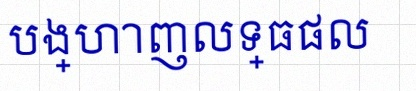
បង្ហាញលទ្ធផល